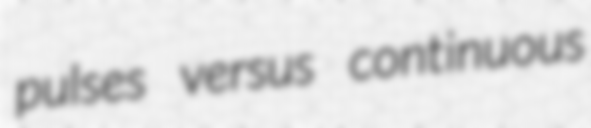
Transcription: pulses versus continuous